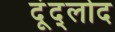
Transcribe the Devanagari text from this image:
दूंद्लोद